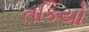
તકિયો